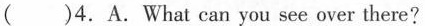
( )4.A.What can you see over there?